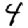
Digit: 4